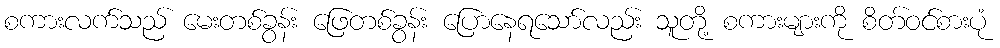
စကားလက်သည် မေးတစ်ခွန်း ဖြေတစ်ခွန်း ပြောနေရသော်လည်း သူတို့ စကားများကို စိတ်ဝင်စားပုံ